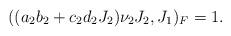
LaTeX: \begin{align*} ( (a_2 b_2 + c_2 d_2 J_2) \nu_2 J_2, J_1 )_F = 1.\end{align*}